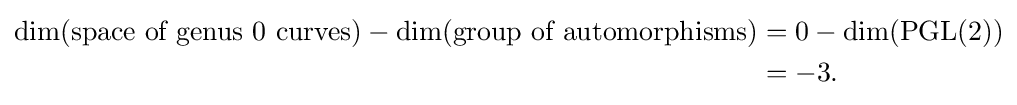
{\begin{aligned}\dim({\text{space of genus 0 curves}})-\dim({\text{group of automorphisms}})&=0-\dim(\mathrm {PGL} (2))\\&=-3.\end{aligned}}